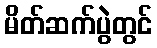
မိတ်ဆက်ပွဲတွင်